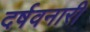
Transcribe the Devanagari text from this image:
दर्षवनारी